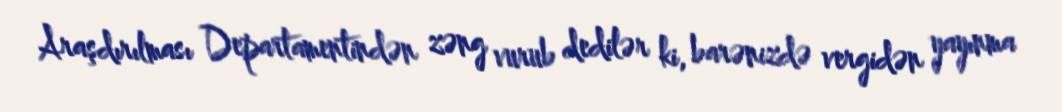
Araşdırılması Departamentindən zəng vurub dedilər ki, barənizdə vergidən yayınma